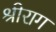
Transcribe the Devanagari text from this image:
श्रीराग